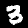
Digit: 3